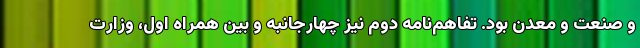
و صنعت و معدن بود. تفاهم‌نامه دوم نیز چهارجانبه و بین همراه اول، وزارت